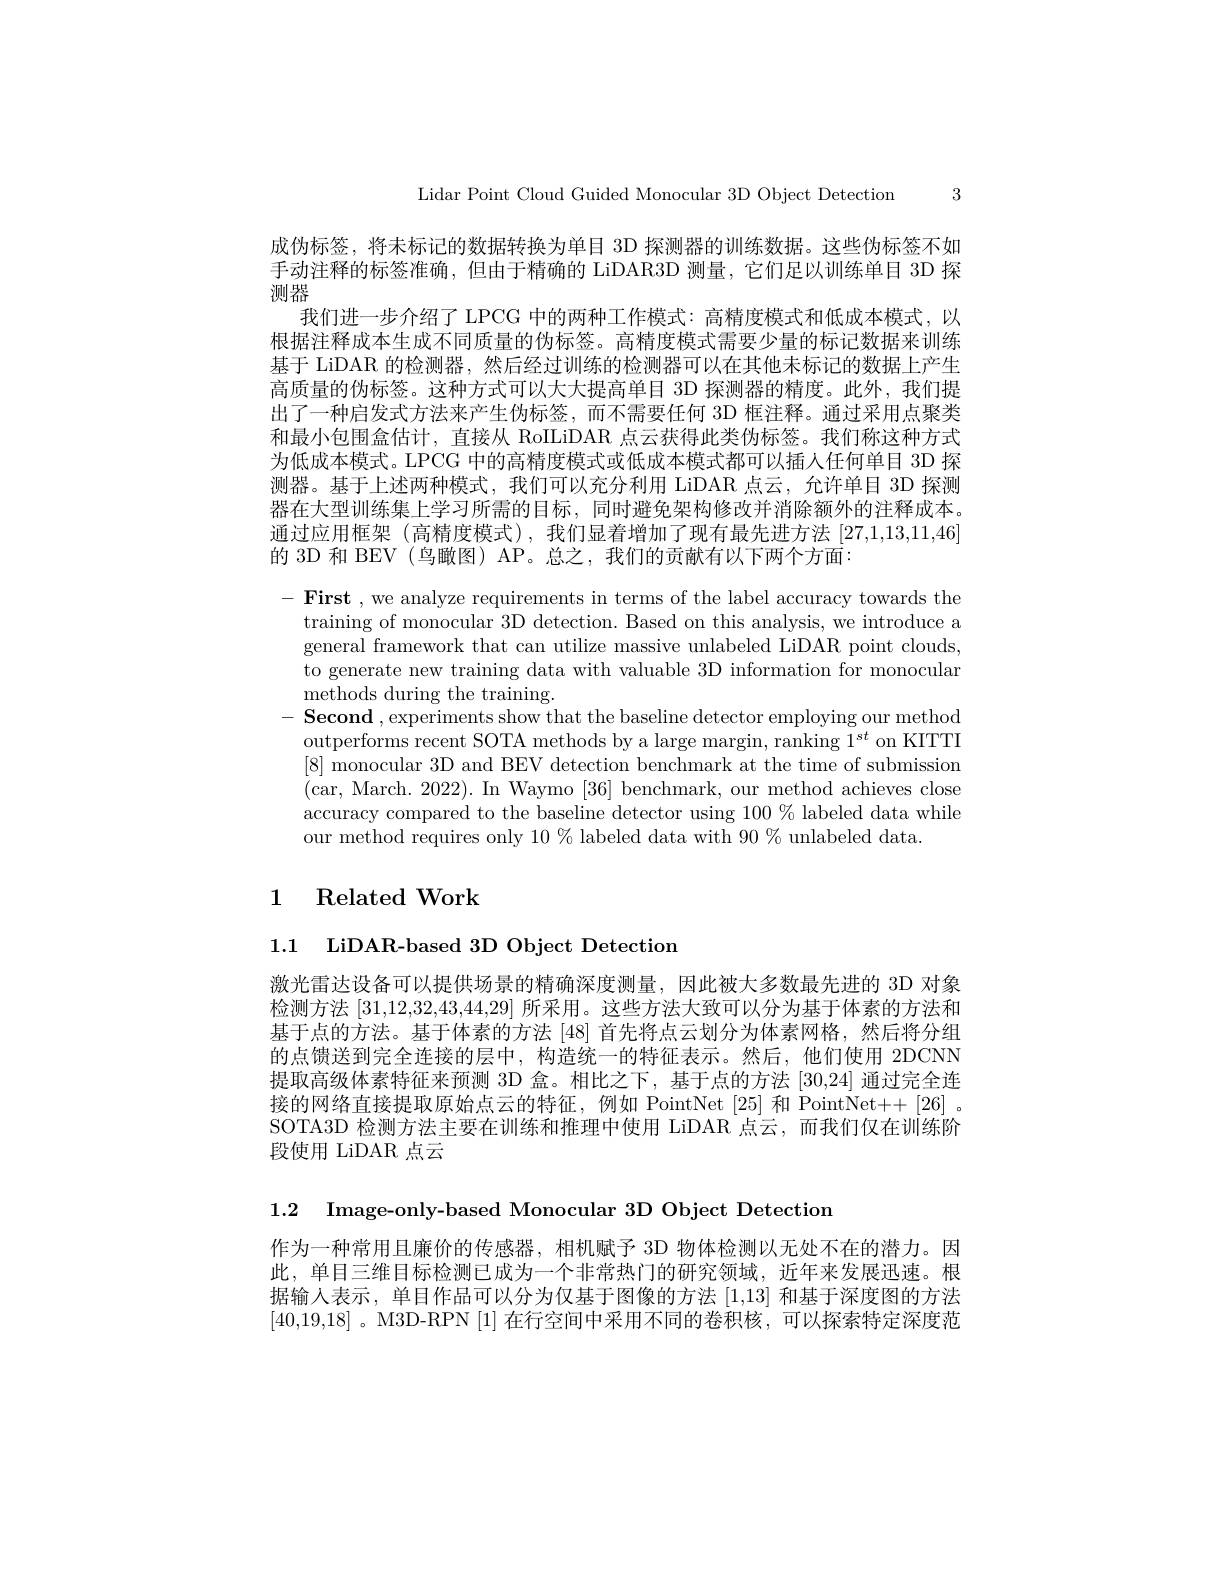
Lidar Point Cloud Guided Monocular 3D Object Detection 3

成伪标签，将未标记的数据转换为单目 3D 探测器的训练数据。这些伪标签不如手动注释的标签准确，但由于精确的 LiDAR3D 测量，它们足以训练单目 3D 探测器
我们进一步介绍了 LPCG 中的两种工作模式：高精度模式和低成本模式，以根据注释成本生成不同质量的伪标签。高精度模式需要少量的标记数据来训练基于 LiDAR 的检测器，然后经过训练的检测器可以在其他未标记的数据上产生高质量的伪标签。这种方式可以大大提高单目 3D 探测器的精度。此外，我们提出了一种启发式方法来产生伪标签，而不需要任何 3D 框注释。通过采用点聚类和最小包围盒估计，直接从 RoILiDAR 点云获得此类伪标签。我们称这种方式为低成本模式。LPCG 中的高精度模式或低成本模式都可以插入任何单目 3D 探测器。基于上述两种模式，我们可以充分利用 LiDAR 点云，允许单目 3D 探测器在大型训练集上学习所需的目标，同时避免架构修改并消除额外的注释成本。通过应用框架(高精度模式),我们显着增加了现有最先进方法[27,1,13,11,46] 的 3D 和 BEV (鸟瞰图) AP。总之，我们的贡献有以下两个方面：
$- \textbf{First , we analyze requirements in terms of the label accuracy towards the}$
training of monocular 3D detection. Based on this analysis, we introduce a general framework that can utilize massive unlabeled LiDAR point clouds, to generate new training data with valuable 3D information for monocular methods during the training.
$\mathbf{- } \textbf{Second , experiments show that the baseline detector employing our method}$ outperforms recent SOTA methods by a large margin, ranking 1$^{st}$ on KITTI [8] monocular 3D and BEV detection benchmark at the time of submission (car, March. 2022). In Waymo [36] benchmark, our method achieves close accuracy compared to the baseline detector using 100 % labeled data while our method requires only $10\%$ labeled data with $90\%$ unlabeled data.

## 1 Related Work

1.1 LiDAR-based 3D Object Detection

激光雷达设备可以提供场景的精确深度测量，因此被大多数最先进的 3D 对象检测方法[31,12,32,43,44,29]所采用。这些方法大致可以分为基于体素的方法和基于点的方法。基于体素的方法 [48] 首先将点云划分为体素网格，然后将分组的点馈送到完全连接的层中，构造统一的特征表示。然后，他们使用 2DCNN 提取高级体素特征来预测 3D 盒。相比之下，基于点的方法 [30,24] 通过完全连接的网络直接提取原始点云的特征，例如 PointNet [25] 和 PointNet++[26] 。SOTA3D 检测方法主要在训练和推理中使用 LiDAR 点云，而我们仅在训练阶段使用 LiDAR 点云

1.2 Image-only-based Monocular 3D Object Detection

作为一种常用且廉价的传感器，相机赋予 3D 物体检测以无处不在的潜力。因此，单目三维目标检测已成为一个非常热门的研究领域，近年来发展迅速。根据输人表示，单目作品可以分为仅基于图像的方法[1,13]和基于深度图的方法[40,19,18]。M3D-RPN [1]在行空间中采用不同的卷积核，可以探索特定深度范